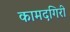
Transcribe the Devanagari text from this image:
कामदगिरी